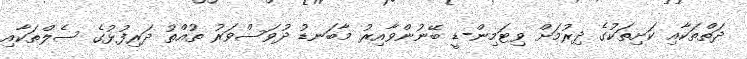
ދަތްތަކާއި ކަށިތަކުގެ ދިރުމަށް ވިޓަމިން-ޑީ ބޭނުންވާއިރު މާބަނޑު ދުވަސްވަރު ތުއްތު ދަރިފުޅުގެ ސެލްތަކާއި